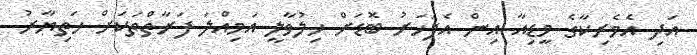
އަދި އެމެރިކާގެ މީޑިއާ އިން އެފަހަރު ބޮޑަށް ހިލުވާލީ އަމިއްލަ ފަރާތްތަކަށް ހަތިޔާރު